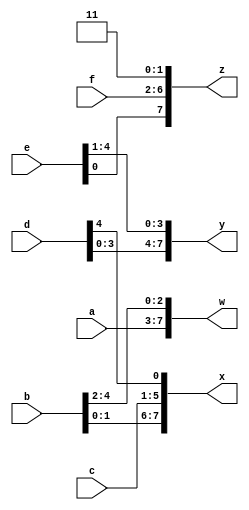
// This program was cloned from: https://github.com/matthewdelorenzo/CreativEval
// License: BSD 3-Clause "New" or "Revised" License

module top_module (
    input [4:0] a, b, c, d, e, f,
    output [7:0] w, x, y, z );//

    // assign { ... } = { ... };
    // assign {w[7:0], x[7:0], y[7:0], z[7:0]} = {a[4:0], b[4:0], c[4:0], d[4:0], e[4:0], f[4:0], 2'b11};
    assign {w, x, y, z} = {a, b, c, d, e, f, 2'b11};
    
endmodule